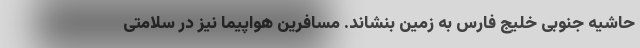
حاشیه جنوبی خلیج فارس به زمین بنشاند. مسافرین هواپیما نیز در سلامتی